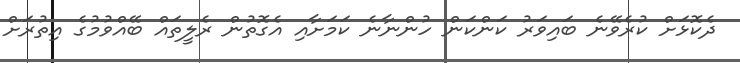
ދެކޮޅަށް ކުރެވޭނެ ބައިވަރު ކަންކަން ހުންނާނެ ކަމަށާއި އެގޮތުން ރެލީތައް ބޭއްވުމުގެ އިތުރަށް